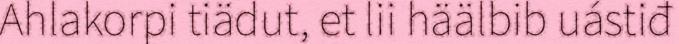
Ahlakorpi tiädut, et lii häälbib uástiđ